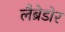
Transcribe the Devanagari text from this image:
लैब्रेडोर